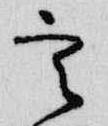
定